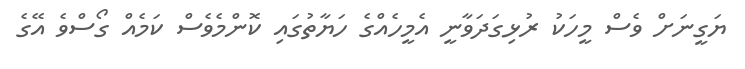
ޔަގީނަށް ވެސް މީހަކު ރުޅިގަދަވާނީ އެމީހެއްގެ ހަޔާތުގައި ކޮންމެވެސް ކަމެއް ގޯސްވެ އޭގެ